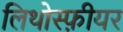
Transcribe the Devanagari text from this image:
लिथोस्फ़ीयर